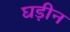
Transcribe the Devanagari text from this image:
घड़ीन